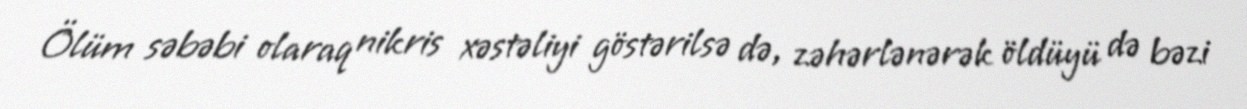
Ölüm səbəbi olaraq nikris xəstəliyi göstərilsə də, zəhərlənərək öldüyü də bəzi